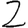
Digit: 2